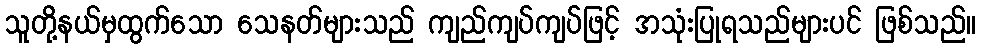
သူတို့နယ်မှထွက်သော သေနတ်များသည် ကျည်ကျပ်ကျပ်ဖြင့် အသုံးပြုရသည်များပင် ဖြစ်သည်။